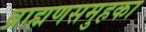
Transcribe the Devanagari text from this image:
ब्राह्मणसमुहका